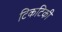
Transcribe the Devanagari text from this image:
टिकटिकी